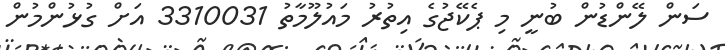
ސަން ލޭންޑުން ބުނީ މި ޕެކޭޖުގެ އިތުރު މައުލޫމާތު 3310031 އަށް ގުޅުންމުން